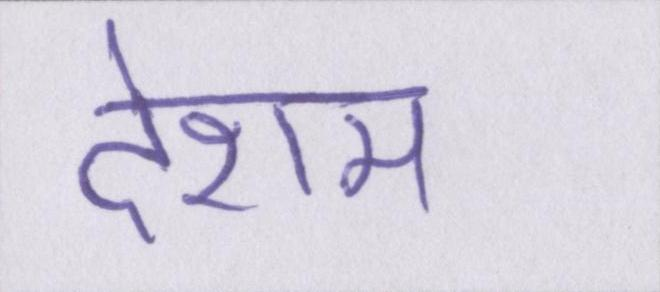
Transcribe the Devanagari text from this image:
देशम